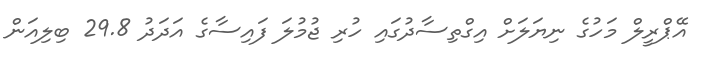
އޭޕްރީލް މަހުގެ ނިޔަލަށް އިގްތިސާދުގައި ހުރި ޖުމުލަ ފައިސާގެ އަދަދު 29.8 ބިލިއަން